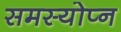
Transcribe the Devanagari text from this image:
समस्योप्न